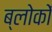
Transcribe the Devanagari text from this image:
ब्लोकों